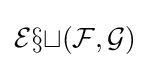
{\mathcal {Ext}}({\mathcal {F}},{\mathcal {G}})